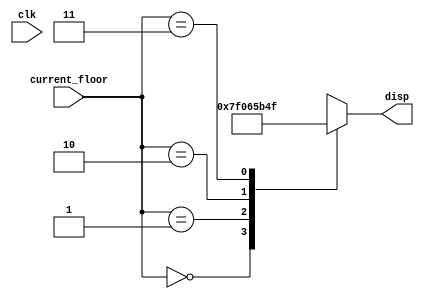
`timescale 10ms / 1ms
//////////////////////////////////////////////////////////////////////////////////
// Company: 
// Engineer: 
// 
// Design Name: 
// Module Name:    seven_seg_disp 
// Project Name: 
// Target Devices: 
// Tool versions: 
// Description: 
//
// Dependencies: 
//
// Revision: 
// Revision 0.01 - File Created
// Additional Comments: 
//
//////////////////////////////////////////////////////////////////////////////////
module seven_seg_disp(clk,current_floor,disp);
    input clk;
    input [1:0] current_floor;
    output reg [7:0] disp;

    //to display on 7 seg
    always@(current_floor)
    begin
        case(current_floor)
            0 : disp = 8'b01111111;//0
            1 : disp = 8'b00000110;//1  
            2 : disp = 8'b01011011;//2  
            3 : disp = 8'b01001111;//3  
            default : disp = 8'b10000000;
        endcase
    end
endmodule